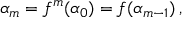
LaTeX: \alpha _ { m } = f ^ { m } ( \alpha _ { 0 } ) = f ( \alpha _ { m - 1 } ) \, ,